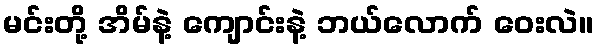
မင်းတို့ အိမ်နဲ့ ကျောင်းနဲ့ ဘယ်လောက် ဝေးလဲ။